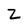
Character: Z